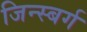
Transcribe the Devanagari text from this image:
जिन्स्बर्ग